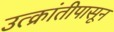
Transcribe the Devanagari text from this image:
उत्क्रांतीपासून